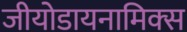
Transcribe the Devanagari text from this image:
जीयोडायनामिक्‍स